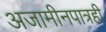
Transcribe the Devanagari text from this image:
अजामीनपात्रही